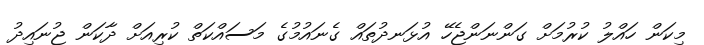
މިކަން ހައްލު ކުރުމަށް ގަންނަންޖެހޭ އުޅަނދުތައް ގެނައުމުގެ މަސައްކަތް ކުރިއަށް ދާކަން ޖުނައިދު